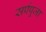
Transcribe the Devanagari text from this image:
सर्पपूजा